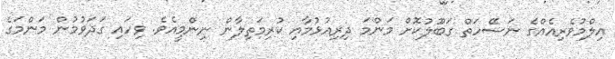
އިލްމުވެރިއެއްގެ ނަސޭހަތް ގަބޫލުކޮށް މަންމަ ދިރިއުޅުމާއި ކުރިމަތިލާން ނިންމީއެވެ. ވިހައި ގަދަވުމުން މަންމަގެ